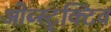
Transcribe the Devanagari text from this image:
ओब्स्टृक्टिव